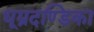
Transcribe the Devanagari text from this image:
धूम्रदण्डिका